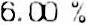
6.00 %